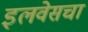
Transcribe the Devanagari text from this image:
इलवेसचा